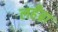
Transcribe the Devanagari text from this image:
लहँब्रा